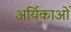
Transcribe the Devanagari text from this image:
अर्यिकाओं